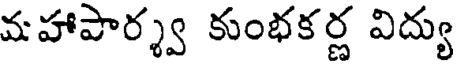
మహాపార్శ్వ కుంభకర్ణ విద్యు